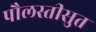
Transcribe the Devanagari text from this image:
पौलस्तीसुत